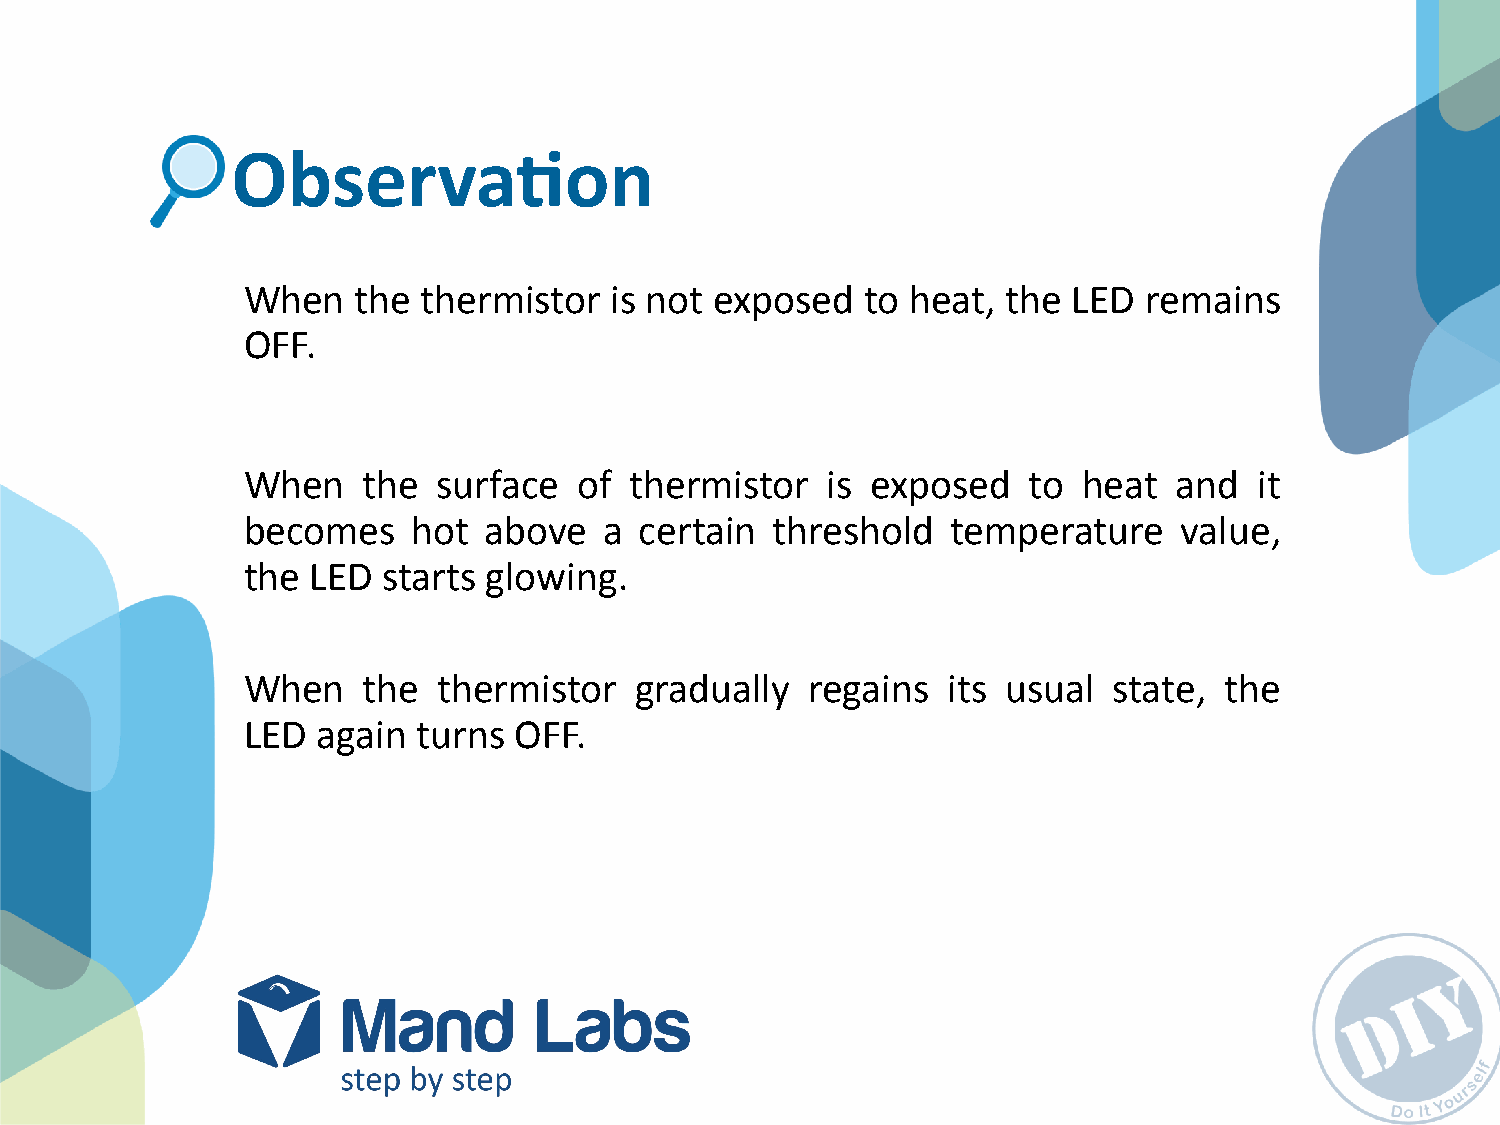
ObservaKon
 When    the thermistor  is not exposed   to heat,  the LED  remains
 OFF.
 When    the  surface  of  thermistor   is exposed   to  heat  and  it
 becomes    hot  above   a certain  threshold   temperature    value,
 the  LED starts glowing.
 When    the  thermistor   gradually   regains  its usual  state, the
 LED  again  turns OFF.